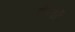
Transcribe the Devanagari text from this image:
रोमणों